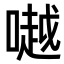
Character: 𠾲